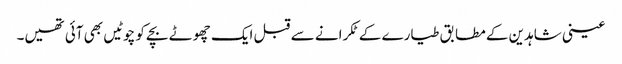
عینی شاہدین کے مطابق طیارے کے ٹکرانے سے قبل ایک چھوٹے بچے کو چوٹیں بھی آئی تھیں۔